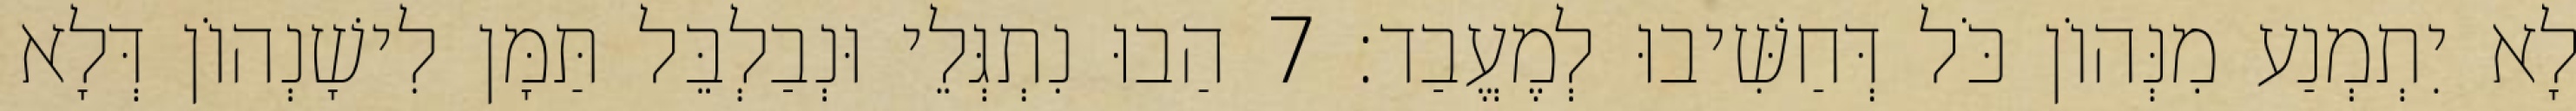
לָא יִתְמְנַע מִנְּהוֹן כֹּל דְּחַשִּׁיבוּ לְמֶעֱבַד׃ 7 הַבוּ נִתְגְּלֵי וּנְבַלְבֵּל תַּמָּן לִישָׁנְהוֹן דְּלָא